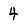
Character: 4